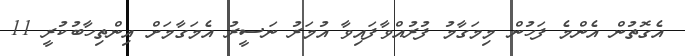
އެގޮތުން އެންމެ ފަހުން މިމަގާމު ފުރުއްވާފައިވާ އުމަރު ނަސީރު އެމަގާމަށް އިންތިހާބުކުރީ 11